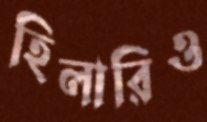
হিলারিও